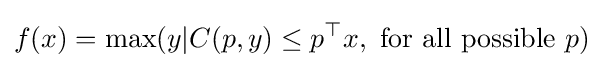
f(x)=\max(y|C(p,y)\leq p^{\top }x,{\text{ for all possible }}p)